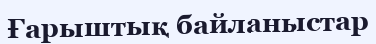
Ғарыштық байланыстар